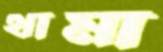
থামা